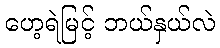
ဟေ့ရဲမြင့် ဘယ်နှယ်လဲ